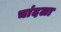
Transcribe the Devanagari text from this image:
चांदला